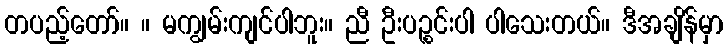
တပည့်တော်။ ။ မကျွမ်းကျင်ပါဘူး။ ညီ ဦးပဉ္စင်းပါ ပါသေးတယ်။ ဒီအချိန်မှာ